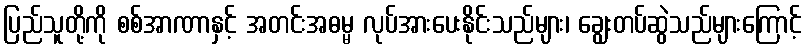
ပြည်သူတို့ကို စစ်အာဏာနှင့် အတင်းအဓမ္မ လုပ်အားပေးနိုင်းသည်များ၊ ချွေးတပ်ဆွဲသည်များကြောင့်